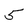
Character: 5